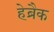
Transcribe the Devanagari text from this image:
हेब्रैक